system: You are a helpful assistant.
user:
Analyze the provided spectrum to determine if it is a **"Cataclysmic Variables (CV)"**.

- **Key Indicators for CV (Check for either state):**
    - **State 1: Quiescent / Low-State (Emission-Dominated)**
        - **(Primary):** Strong and *very broad* Hydrogen Balmer emission lines (e.g., $H\alpha$ at 6563 Å, $H\beta$ at 4861 Å). The 'broadness' (high velocity dispersion, often FWHM > 1000 km/s) is the key diagnostic, indicating a high-velocity accretion disk.
        - **(Secondary):** Broad neutral Helium (He I) emission lines (e.g., 5876 Å, 6678 Å).
        - **(Key Confirmation):** Presence of high-excitation *ionized* Helium (He II) emission at 4686 Å. This is a strong indicator of accretion onto a white dwarf.
        - **(Line Profile):** Emission lines may exhibit a 'double-peaked' profile, which is a classic signature of a rotating accretion disk viewed at high inclination.

    - **State 2: Outburst / High-State (Absorption-Dominated)**
        - **(Primary):** Spectrum is dominated by a bright, blue continuum (looks like a hot star).
        - **(Secondary):** The emission lines from State 1 are weak, absent, or 'filled in', and are replaced by broad, shallow *absorption* lines (primarily Balmer and He I).
        - **(Morphology):** The overall spectrum mimics a hot B/A-type star. The crucial difference is that the absorption lines are significantly broader, shallower, and more 'washed-out' (or 'smeared') than the sharp lines of a normal stellar photosphere, due to high rotational speeds and pressure broadening in the disk.

Think first, call **spectral_visualization_tool** if needed to examine features in detail, then provide your final answer. Your response must adhere to the following strict rules:
1.  **Overall Structure:** Your response must follow the format `<think>...</think> <tool_call>...</tool_call> (if a tool is used) <answer>...</answer>`.
2.  **Tool Usage Constraint:** You may only make **one** tool call per turn.
3.  **Final Answer Format:** In the `<answer>` tag, your conclusion must be inside a `\boxed{}` command (e.g., `\boxed{YES}`), followed by your justification.

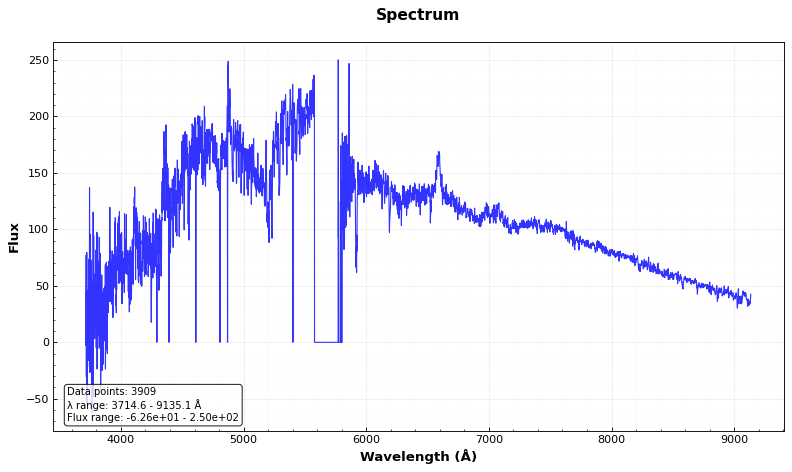
Answer: YES